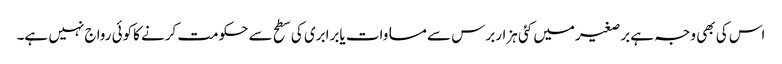
اس کی بھی وجہ ہے برصغیرمیں کئی ہزاربرس سے مساوات یابرابری کی سطح سے حکومت کرنے کاکوئی رواج نہیں ہے۔